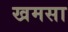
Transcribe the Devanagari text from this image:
खमसा